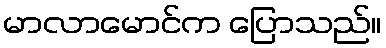
မာလာမောင်က ပြောသည်။